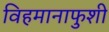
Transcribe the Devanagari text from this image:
विहमानाफुशी